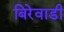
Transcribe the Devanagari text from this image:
बिरेवाडी